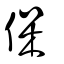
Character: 保